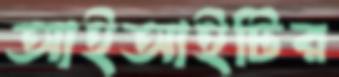
আইআইটির